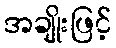
အချိုးဖြင့်